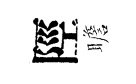
陘瞻